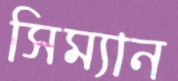
সিম্যান